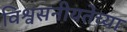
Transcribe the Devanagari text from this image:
विश्वसनीयतेच्या